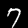
Label: 7